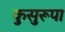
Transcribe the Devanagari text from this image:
कुसुरूपा